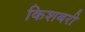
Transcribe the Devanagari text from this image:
किशबरी